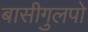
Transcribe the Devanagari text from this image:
बासीगुलपो